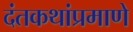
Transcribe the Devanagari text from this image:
दंतकथांप्रमाणे